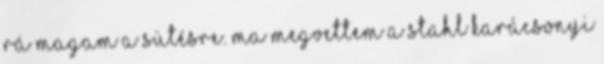
rá magam a sütésre. Ma megvettem a Stahl karácsonyi